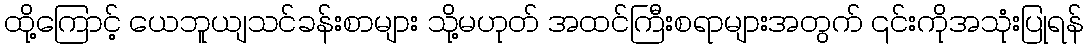
ထို့ကြောင့် ယေဘူယျသင်ခန်းစာများ သို့မဟုတ် အထင်ကြီးစရာများအတွက် ၎င်းကိုအသုံးပြုရန်